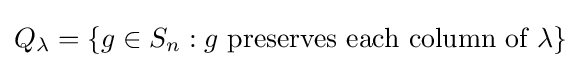
Q_{\lambda }=\{g\in S_{n}:g{\text{ preserves each column of }}\lambda \}